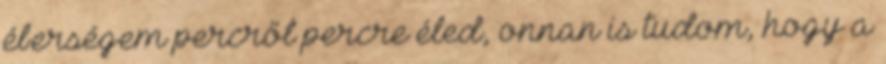
éberségem percről percre éled, onnan is tudom, hogy a